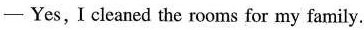
—Yes,I cleaned the rooms for my family.